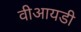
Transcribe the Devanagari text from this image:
वीआयडी